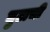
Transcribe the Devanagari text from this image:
घुटाची